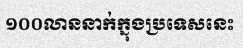
១០០លាននាក់ក្នុងប្រទេសនេះ